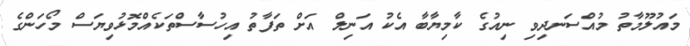
މައުލޫމާތު މުއްސަނދިވި ނިއުގެ ކާމިޔާބާ އެކު އަނިލް އަށް ތަފާތު އިހުސާސްތަކެއްމޮޅުވިޔަސް މޯހަންގެ